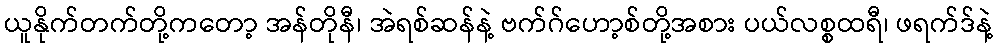
ယူနိုက်တက်တို့ကတော့ အန်တိုနီ၊ အဲရစ်ဆန်နဲ့ ဗက်ဂ်ဟော့စ်တို့အစား ပယ်လစ္စထရီ၊ ဖရက်ဒ်နဲ့